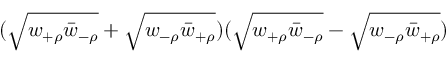
( \sqrt { w _ { + \rho } \bar { w } _ { - \rho } } + \sqrt { w _ { - \rho } \bar { w } _ { + \rho } } ) ( \sqrt { w _ { + \rho } \bar { w } _ { - \rho } } - \sqrt { w _ { - \rho } \bar { w } _ { + \rho } } )